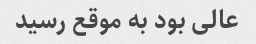
عالی بود به موقع رسید